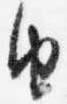
由